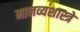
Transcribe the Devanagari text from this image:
मानव्यशास्त्रे